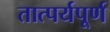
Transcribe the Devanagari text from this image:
तात्पर्यपूर्ण